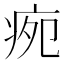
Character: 𭼉